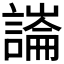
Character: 𧫶